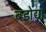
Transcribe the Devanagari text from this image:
बडोद्या